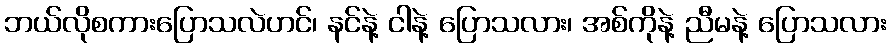
ဘယ်လိုစကားပြောသလဲဟင်၊ နင်နဲ့ ငါနဲ့ ပြောသလား၊ အစ်ကိုနဲ့ ညီမနဲ့ ပြောသလား